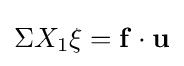
\Sigma X_{1}\xi =\mathbf {f} \cdot \mathbf {u}